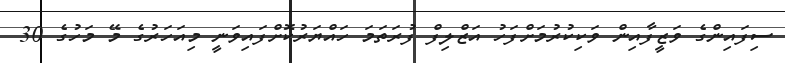
ސިފައިންގެ ވަޒީފާއިން ވަކިކުރުމަށްފަހު އަޒްލިފް ފުރަތަމަ ހައްޔަރުކޮށްފައިވަނީ މިއަހަރުގެ މޭ މަހުގެ 30